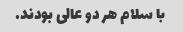
با سلام هر دو عالی بودند.